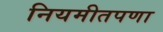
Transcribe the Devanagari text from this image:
नियमीतपणा